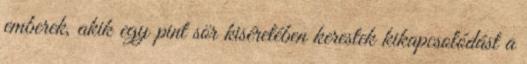
emberek, akik egy pint sör kiséretében kerestek kikapcsolódást a